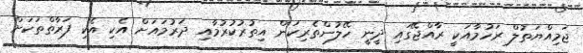
ޖަމިއްޔަތުލް ރަހުމާއަކީ ރާއްޖޭގައި ދީނީ ހޭލުންތެރިކަން އިތުރުކުރުމާއި ދަރުމައަށް އެކި އެކި ފަރާތްތަކަށް